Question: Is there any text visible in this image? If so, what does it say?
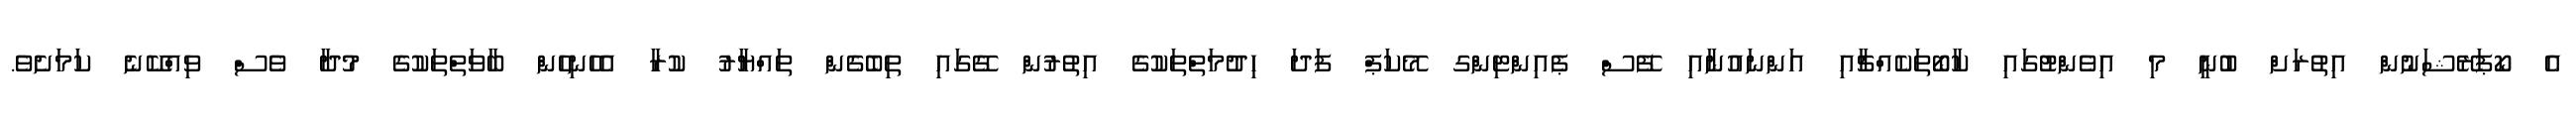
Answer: އެ ކޯޕަރޭޝަނުން އިތުރަށް ބުނީ މި އިވެންޓުގައި ކާބޯތަކެއްޗާއި އަންނައުނާއި ފޭސް ޕެއިންޓިންގ މޭކަޕް ފަދަ ހިދުމަތްތަކުގެ އިތުރުން ގޭގައި ތިބެގެން ތައްޔާރު ކުރާ އެހެނިހެން ބާވަތްތަކުގެ މުދާ ވެސް ވިއްކޭނެ ކަމަށެވެ.